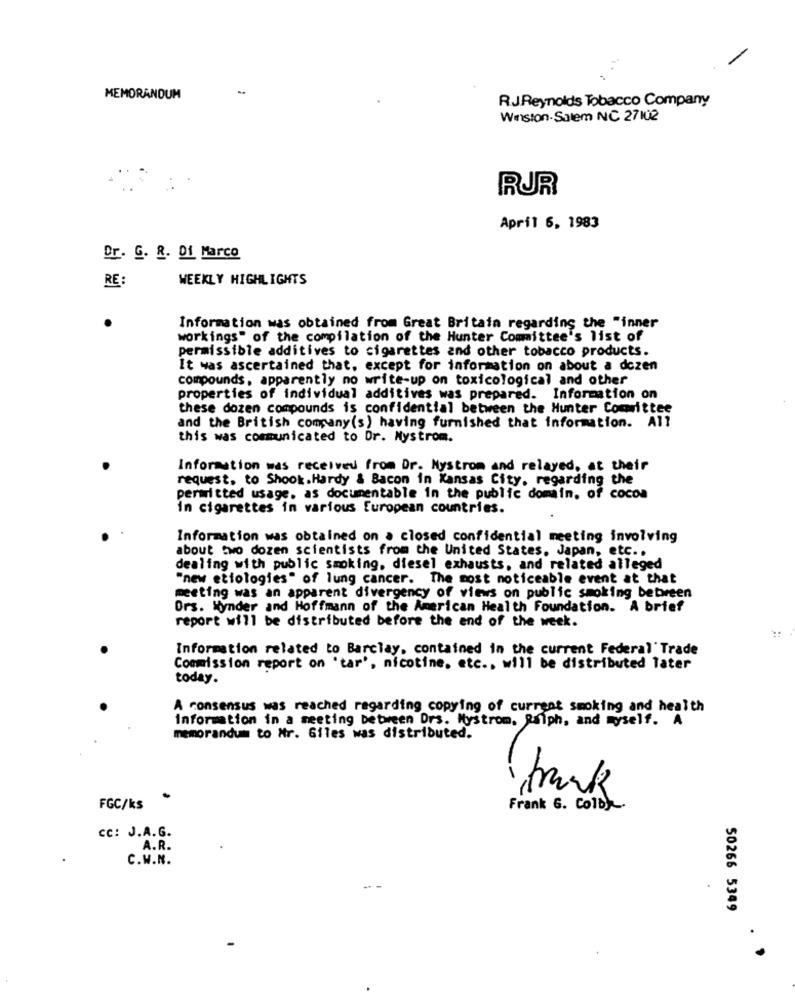
MEMORANDUM
R.J.Reynolds Tobacco Company
Winston-Salem NC 27102
RUR
April 6, 1983
Dr. G. R. Di Marco
RE
WEEKLY HIGHLIGHTS
Information was obtained from Great Britain regarding the "inner
workings" of the compilation of the Hunter Committee's list of
permissible additives to cigarettes and other tobacco products.
It was ascertained that, except for information on about a dozen
compounds, apparently no write-up on toxicological and other
properties of individual additives was prepared. Information on
these dozen compounds is confidential between the Hunter Committee
and the British company(s) having furnished that information. All
this was communicated to Dr. Mystrom.
Information was received from Dr. Mystrom and relayed, at their
request, to Shook. Hardy & Bacon in Kansas City, regarding the
permitted usage. as documentable in the public domain. of cocoa
in cigarettes in various European countries.
Information was obtained on a closed confidential meeting involving
about two dozen scientists from the United States, Japan, etc. .
dealing with public smoking, diesel exhausts, and related alleged
"new etiologies" of lung cancer. The most noticeable event at that
meeting was an apparent divergency of views on public smoking between
Ors. Kynder and Hoffmann of the American Health Foundation. A brief
report will be distributed before the end of the week.
Information related to Barclay, contained in the current Federal Trade
Commission report on 'tar', nicotine, etc ., will be distributed later
today.
A consensus was reached regarding copying of current smoking and health
information in a meeting between Drs. Mystrom, Ralph, and myself. A
memorandum to Nr. Giles was distributed.
frank
FGC/ks
Frank 6. Colby.
CC: J.A.G.
A.R.
C.W.N.
50266 5349